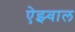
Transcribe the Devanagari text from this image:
ऐझ्वाल